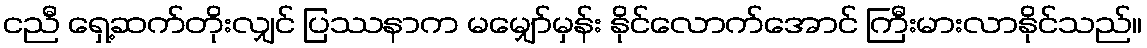
ငညီ ရှေ့ဆက်တိုးလျှင် ပြဿနာက မမျှော်မှန်း နိုင်လောက်အောင် ကြီးမားလာနိုင်သည်။